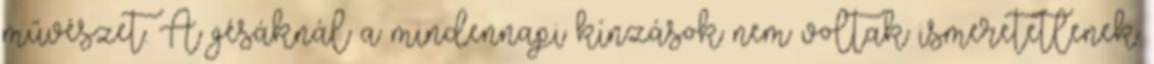
művészet. A gésáknál a mindennapi kínzások nem voltak ismeretetlenek